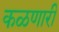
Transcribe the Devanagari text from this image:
कळणारी